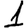
Digit: 1